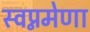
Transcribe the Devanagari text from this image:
स्वप्नमेणा